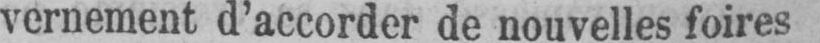
vernement d’accorder de nouvelles foires